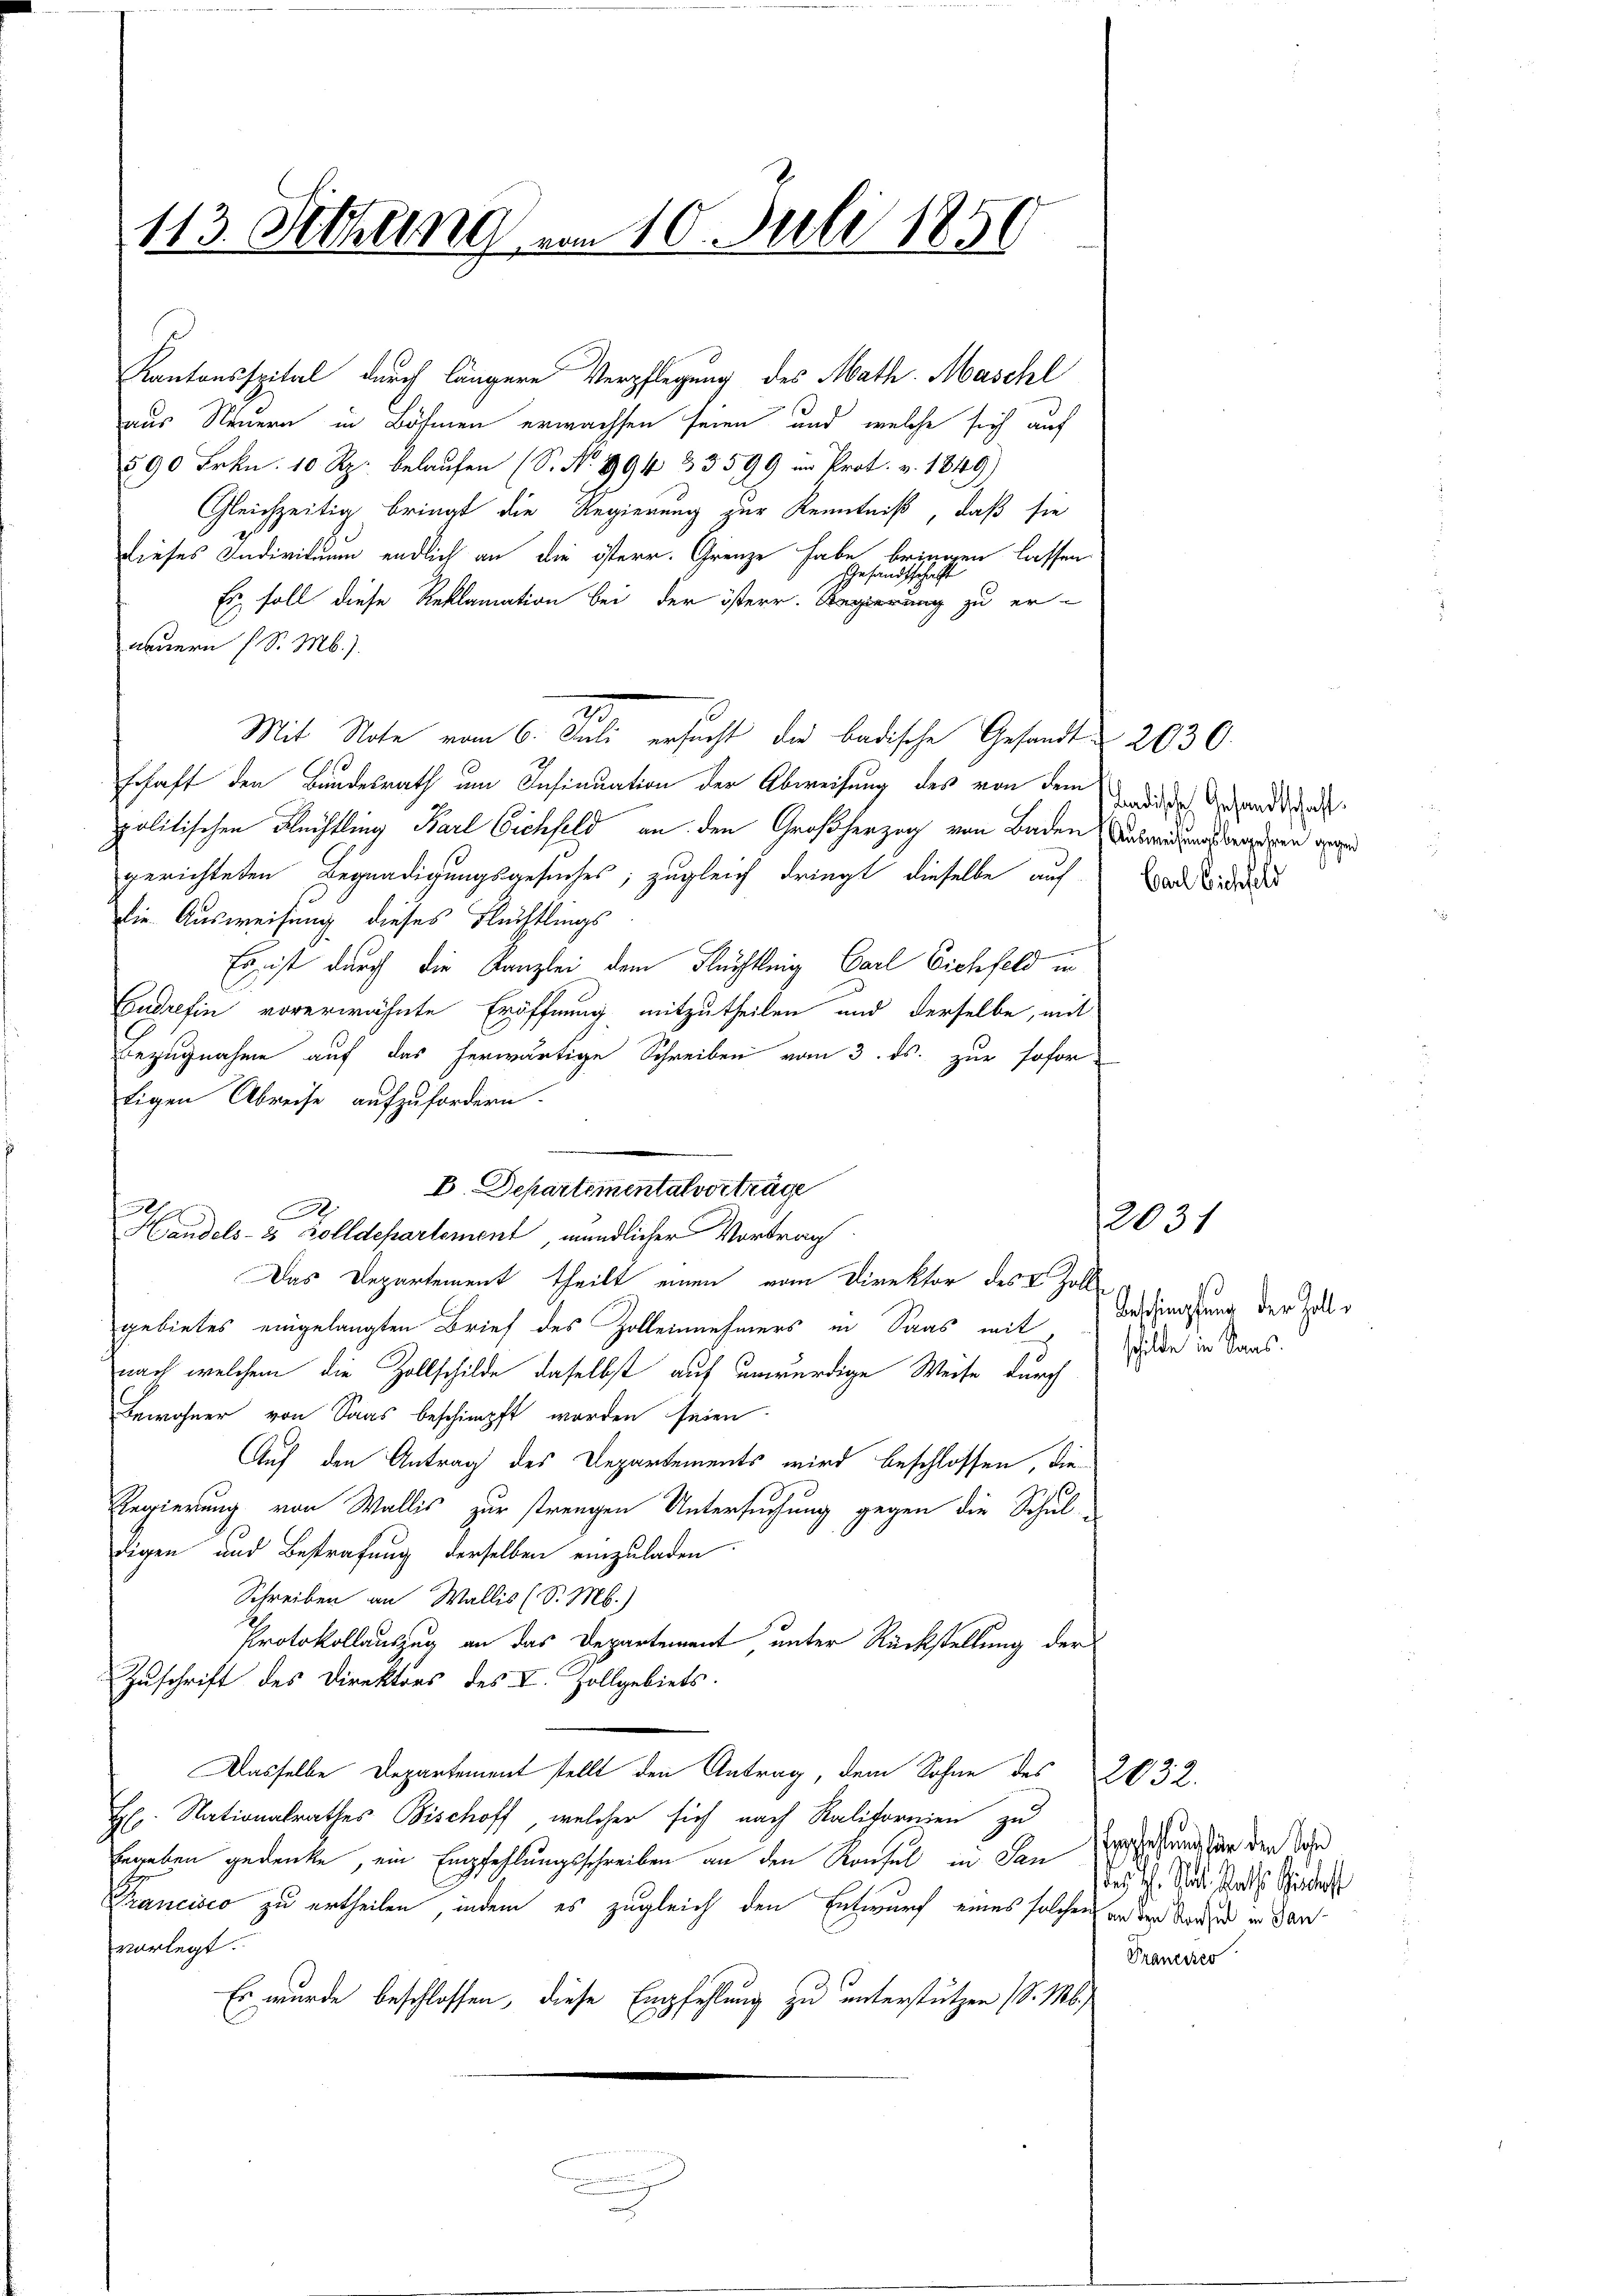
113. Setzung von 10. Juli 1850

Kantonsspital durch längere Verpflegung des Math. Maschl
aus Neuern in Böhmen erwachsen seien und welche sich auf
§ 90 Frkn. 10 Rp. belaufen (S. Nr. 994 33599 im Prot. v. 1849)
Gleichzeitig bringt die Regierung zur Kenntniß, daß sie
dieses Individuum endlich an die österr. Grenze haben bringen lassen.
Ein soll diese Reklamation bei der österr. Regierung zu er-
nauern (S. M.).
Mit Note vom 6. Juli ersucht die badische Gesandt & 2030.
schaft den Bundesrath um Insinuation der Abweisung des von dem die sich Gesandtach
politischen Flüchtling Barl Cichfeld, an den Großherzog von Baden Anwendung werden gen
gerichteten Begnadigungsgesuches, zugleich dringt dieselbe auf Bad Kinden
Die Ausweisung dieses Flüchtlings
Er ist durch die Kanzlei dem Flüchtleig Carl Eichfeld in
Eudrefin vorerwähnte Eröffnung mitzutheilen und derselbe, mit
Bezugnahme auf das herwärtige Schreiben vom 3. ds. zur sofor
tigen Abreise aufzufordern.
e
Das Departement theilt einen vom Direktor des 8 Zoll
gebietes eingelangten Brief des Zollennehmers in Saas mit Beschlassung der Zollnach welchem die Zollschilde daselbst auf unwürdige Weise durch
Bewohner von Saas beschimpft worden seien
Auf den Antrag des Departements wird beschlossen, die
Regierung von Wallis zur strengen Untersuchung gegen die Schul-
digen und Bestrafung derselben einzuladen
Schreiben an Wallis (S. M.)
Protokollauszug an das Departement unter Rückstellung der
Zuschrift des Direktors des I. Zollgebiets.
Dasselbe Departement stellt den Antrag, dem Sohne des
2032.
H. Nationalrathes Bischoff, welcher sich nach Ralifornien zu
Ergeben gedenke, ein Empfehlungsschreiben an den Konsul in den gesung der den Sohn
Trancisco zu ertheilen, indem es zugleich den Entwurf eines solchen an der Sondern in den
vorlegt.
Prancier
Es wurde beschlossen, diese Empfehlung zu unterstützen (S. M.
30

.

n

B. Departementalvorträge
Handels- & Zolldepartement, mündlicher Vortrag

2031

schilde in Sans.

des ist. Mit Raths Geschaft